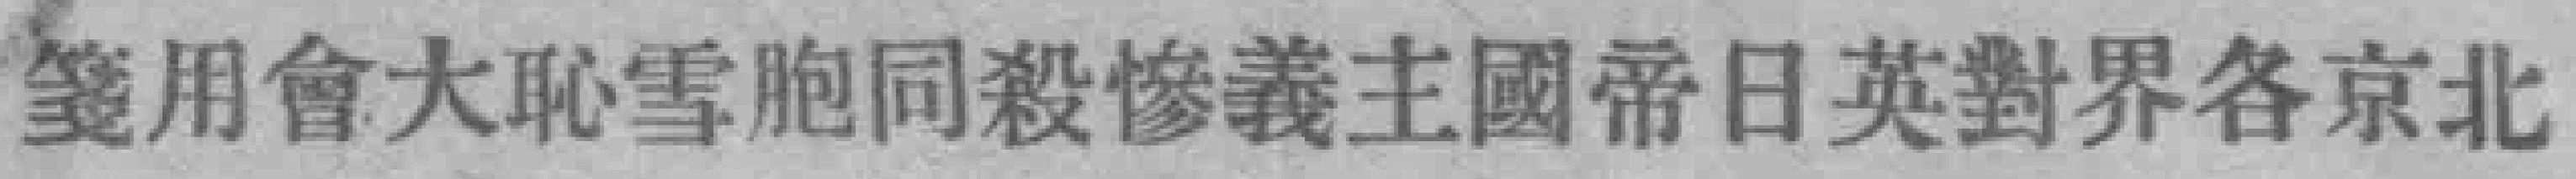
箋用會大恥雪胞同殺惨義主國帝日英對界各京北